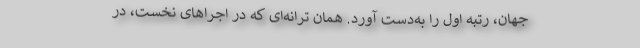
جهان، رتبه اول را به‌دست آورد. همان ترانه‌ای که در اجراهای نخست، در